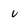
Character: u